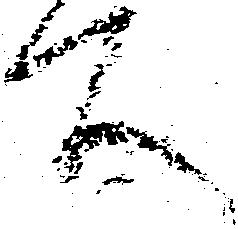
所